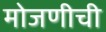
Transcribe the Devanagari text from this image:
मोजणीची